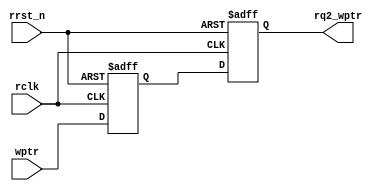
`timescale 1ns / 1ps
//-------------------------------------------------------------------
// Copyright  2012 TECHVULCAN, Inc. All rights reserved.		   
// TechVulcan Confidential and Proprietary
// Not to be used, copied reproduced in whole or in part, nor	   
// its contents							   
// revealed in any manner to others without the express written	   
// permission	of TechVulcan 					   
// Licensed Material.						   
// Program Property of TECHVULCAN Incorporated.	
// ------------------------------------------------------------------
// AUTHOR EMAIL	: vdn_mahmood@techvulcan.com
//-------------------------------------------------------------------
module sync_w2r #(parameter FIFO_ADDRSIZE = 2)(
   input wire                 rclk, 
   input wire                 rrst_n,
   output reg  [FIFO_ADDRSIZE:0]   rq2_wptr,
   input wire  [FIFO_ADDRSIZE:0]   wptr);

   reg [FIFO_ADDRSIZE:0] rq1_wptr;
  
   always @(posedge rclk or negedge rrst_n) begin
      if (!rrst_n) begin 
         {rq2_wptr,rq1_wptr} <= 0;
      end
      else begin
         {rq2_wptr,rq1_wptr} <= {rq1_wptr,wptr};
      end
   end
endmodule